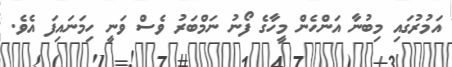
އަމުރުގައި މިބުނާ އަންހެން މީހާގެ ފޯނު ނަމްބަރު ވެސް ވަނީ ހިމަނައިފަ އެވެ.